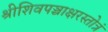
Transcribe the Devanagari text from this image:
श्रीशिवपञ्चाक्षरस्तोत्रं